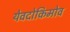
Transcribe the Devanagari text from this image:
येवदोकिमोव